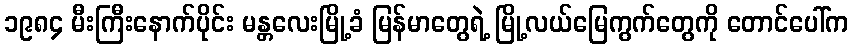
၁၉၈၄ မီးကြီးနောက်ပိုင်း မန္တလေးမြို့ခံ မြန်မာတွေရဲ့ မြို့လယ်မြေကွက်တွေကို တောင်ပေါ်က